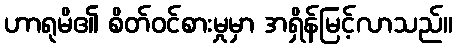
ဟာရုမိ၏ စိတ်ဝင်စားမှုမှာ အရှိန်မြင့်လာသည်။